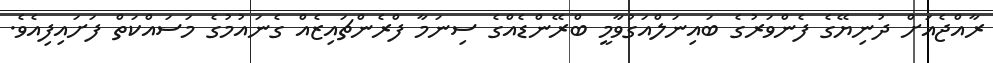
ރާއްޖެއަށް ދުނިޔޭގެ ފެންވަރުގެ ބައިނަލްއަގުވާމީ ބްރޭންޑެއްގެ ސިނަމާ ފްރެންޗައިޒެއް ގެނައުމުގެ މަސައްކަތް ފަށައިފިއެވެ.